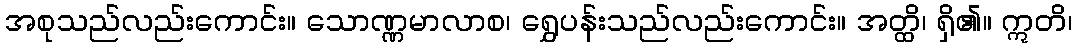
အစုသည်လည်းကောင်း။ သောဏ္ဏမာလာစ၊ ရွှေပန်းသည်လည်းကောင်း။ အတ္ထိ၊ ရှိ၏။ ဣတိ၊